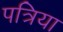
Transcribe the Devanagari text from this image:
पत्रिया